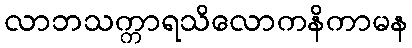
လာဘသက္ကာရသိလောကနိကာမန